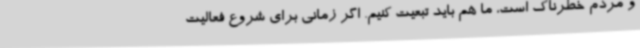
و مردم خطرناک است، ما هم باید تبعیت کنیم. اگر زمانی برای شروع فعالیت